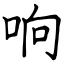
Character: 响